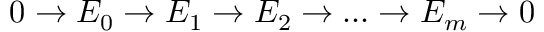
0 \rightarrow E _ { 0 } \rightarrow E _ { 1 } \rightarrow E _ { 2 } \rightarrow . . . \rightarrow E _ { m } \rightarrow 0